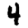
Digit: 4